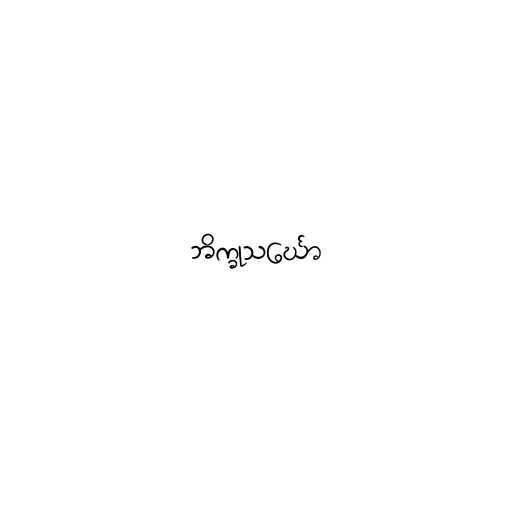
ဘိက္ခုသင်္ဃော